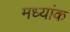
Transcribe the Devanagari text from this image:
मध्यांक